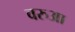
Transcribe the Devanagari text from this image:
वरुआ